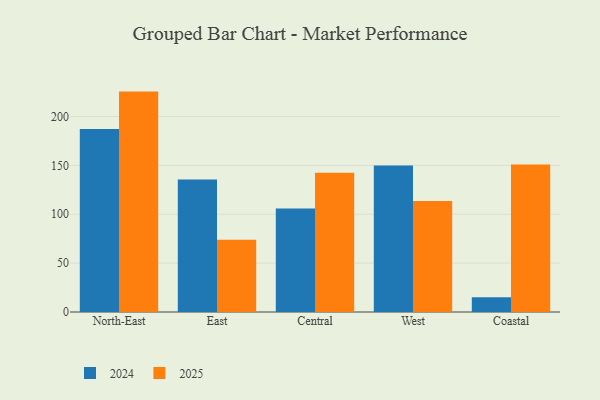
{"axis": {"x": "Region", "y": "Gross Profit (USD K)"}, "legend": ["2024", "2025"], "data": [{"x": "North-East", "y": 187.2, "type": "2024"}, {"x": "North-East", "y": 225.5, "type": "2025"}, {"x": "East", "y": 135.5, "type": "2024"}, {"x": "East", "y": 73.9, "type": "2025"}, {"x": "Central", "y": 105.9, "type": "2024"}, {"x": "Central", "y": 142.5, "type": "2025"}, {"x": "West", "y": 149.9, "type": "2024"}, {"x": "West", "y": 113.5, "type": "2025"}, {"x": "Coastal", "y": 15.1, "type": "2024"}, {"x": "Coastal", "y": 150.8, "type": "2025"}]}